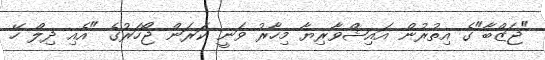
"ޖަޒްބާ"ގެ އިތުރުން އައިޝްވާރިޔާ މިހާރު ވަނީ ކަރަން ޖޯހަރުގެ "އެއި ދިލް ހޭ